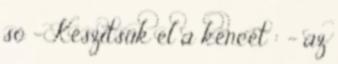
só - Készítsük el a kencét : - az